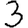
Digit: 3